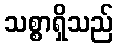
သစ္စာရှိသည်